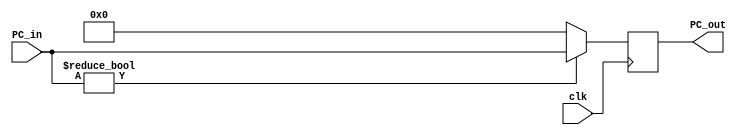
`timescale 1ns/1ns

module PC(
    input [31:0]PC_in,
    input clk,
    output reg[31:0]PC_out
);

initial begin
    PC_out = 32'b0;
end

always @(posedge clk)
    begin
        PC_out = (PC_in) ? PC_in : 32'b0;
    end
    
endmodule